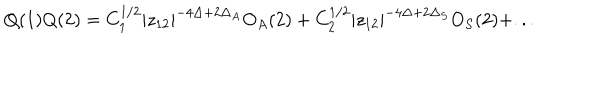
Q ( 1 ) Q ( 2 ) = C _ { 1 } ^ { 1 / 2 } | z _ { 1 2 } | ^ { - 4 \Delta + 2 \Delta _ { A } } O _ { A } ( 2 ) + C _ { 2 } ^ { 1 / 2 } | z _ { 1 2 } | ^ { - 4 \Delta + 2 \Delta _ { S } } O _ { S } ( 2 ) + . . .